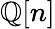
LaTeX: \mathbb{Q}[n]